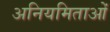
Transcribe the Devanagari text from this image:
अनियमिताओं